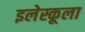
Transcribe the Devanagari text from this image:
इलेस्कूला